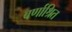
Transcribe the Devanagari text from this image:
वर्णाश्रित